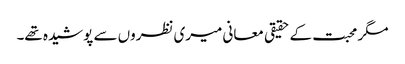
مگر محبت کے حقیقی معانی میری نظروں سے پوشیدہ تھے۔